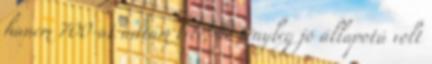
hanem 700-at adtam érte, de tényleg jó állapotú volt